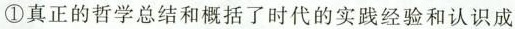
①真正的哲学总结和概括了时代的实践经验和认识成